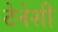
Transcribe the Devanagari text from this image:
टेनेशी